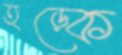
হড়্‌কে